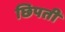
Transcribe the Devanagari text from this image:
छिपती